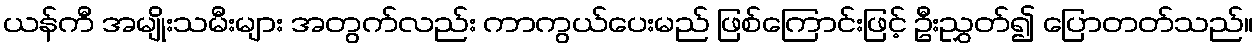
ယန်ကီ အမျိုးသမီးများ အတွက်လည်း ကာကွယ်ပေးမည် ဖြစ်ကြောင်းဖြင့် ဦးညွှတ်၍ ပြောတတ်သည်။